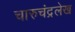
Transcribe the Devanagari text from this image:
चारुचंद्रलेख